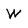
Character: W